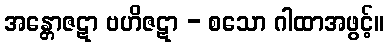
အန္တောဇဋာ ဗဟိဇဋာ - စသော ဂါထာအဖွင့်။